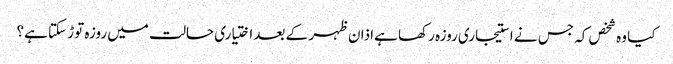
کیا وہ شخص کہ جس نے استیجاری روزہ رکھا ہےاذان ظہر کے بعد اختیاری حالت میں روزہ توڑ سکتا ہے؟